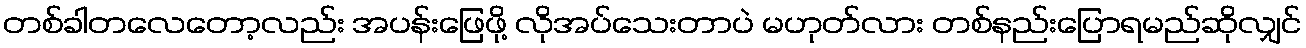
တစ်ခါတလေတော့လည်း အပန်းဖြေဖို့ လိုအပ်သေးတာပဲ မဟုတ်လား တစ်နည်းပြောရမည်ဆိုလျှင်